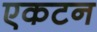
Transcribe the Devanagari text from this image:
एकटन